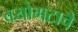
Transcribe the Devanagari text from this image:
वयोगटाचे